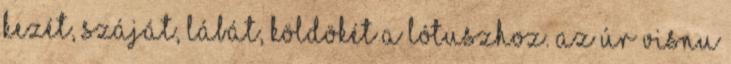
kezét, száját, lábát, köldökét a lótuszhoz. Az Úr Visnu